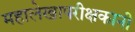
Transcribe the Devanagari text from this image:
महालेखापरीक्षकानी